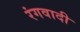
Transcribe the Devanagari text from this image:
रंगवादी